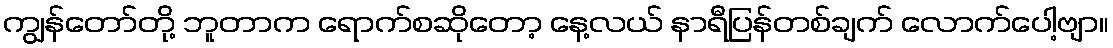
ကျွန်တော်တို့ ဘူတာက ရောက်စဆိုတော့ နေ့လယ် နာရီပြန်တစ်ချက် လောက်ပေါ့ဗျာ။